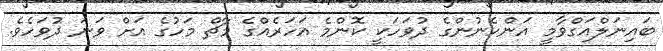
ބައިނަލްއަގްވާމީ އަންހެނުންގެ ދުވަހަކީ ކޮންމެ އަހަރެއްގެ މާޗް މަހުގެ އަށް ވަނަ ދުވަހެވެ.